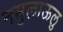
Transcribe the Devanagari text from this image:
नमुलाऊलु